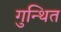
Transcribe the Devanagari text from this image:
गुन्थित